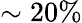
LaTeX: \sim 20\%